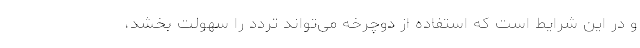
و در این شرایط است که استفاده از دوچرخه می‌تواند تردد را سهولت بخشد،